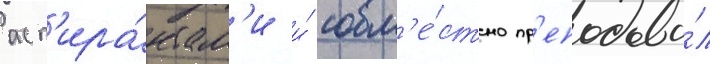
асп'ира́нтам'и и́ совм'е́стно пр'еподава́л